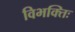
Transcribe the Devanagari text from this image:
विभक्तिः